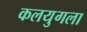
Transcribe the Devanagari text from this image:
कलयुगला